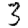
Digit: 3